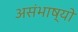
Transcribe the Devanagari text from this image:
असंभाष्यो